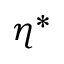
\eta ^ { * }